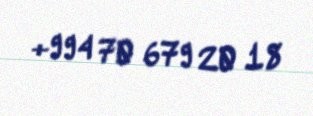
+994 70 679 20 18